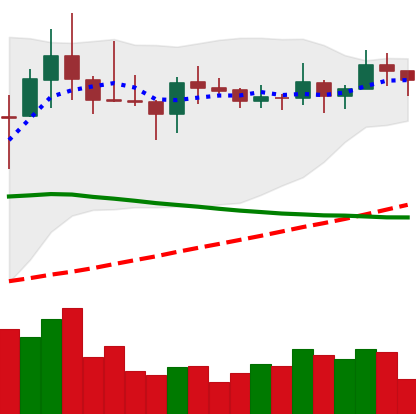
Ticker: LINK-USD
Chart end date: 2019-11-11
Forward return: 9.454%
Label: up_7plus